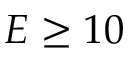
E \geq 1 0